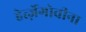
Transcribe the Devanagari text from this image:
हेर्त्ज़ेगोवीना